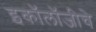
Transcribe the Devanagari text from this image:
इकॉलॉजीचे